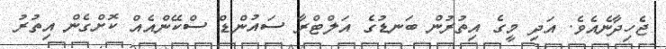
ޖެހިދާނެއެވެ. އަދި މީގެ އިތުރުން ބަނޑުގެ އަލްޓްރާ ސައުންޑް ސްކޭންއެއް ކޮށްގެން އިތުރު